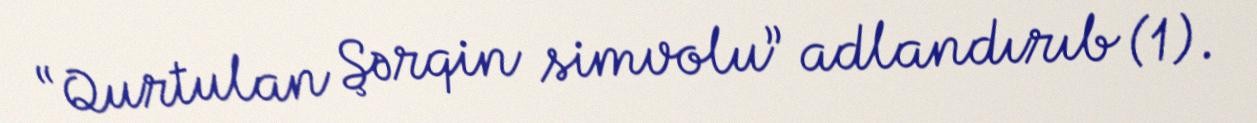
“Qurtulan Şərqin simvolu” adlandırıb (1).